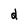
Character: d